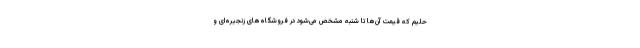
حلیم که قیمت آن‌ها تا شنبه مشخص می‌شود در فروشگاه‌های زنجیره‌ای و